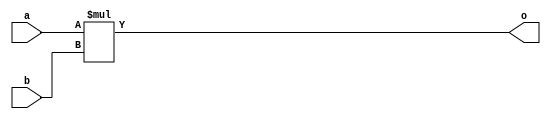
module mul16x16 (input [15:0]      a,
                 input [15:0]      b,
                 output [31:0] o);
   assign o = a * b;
endmodule